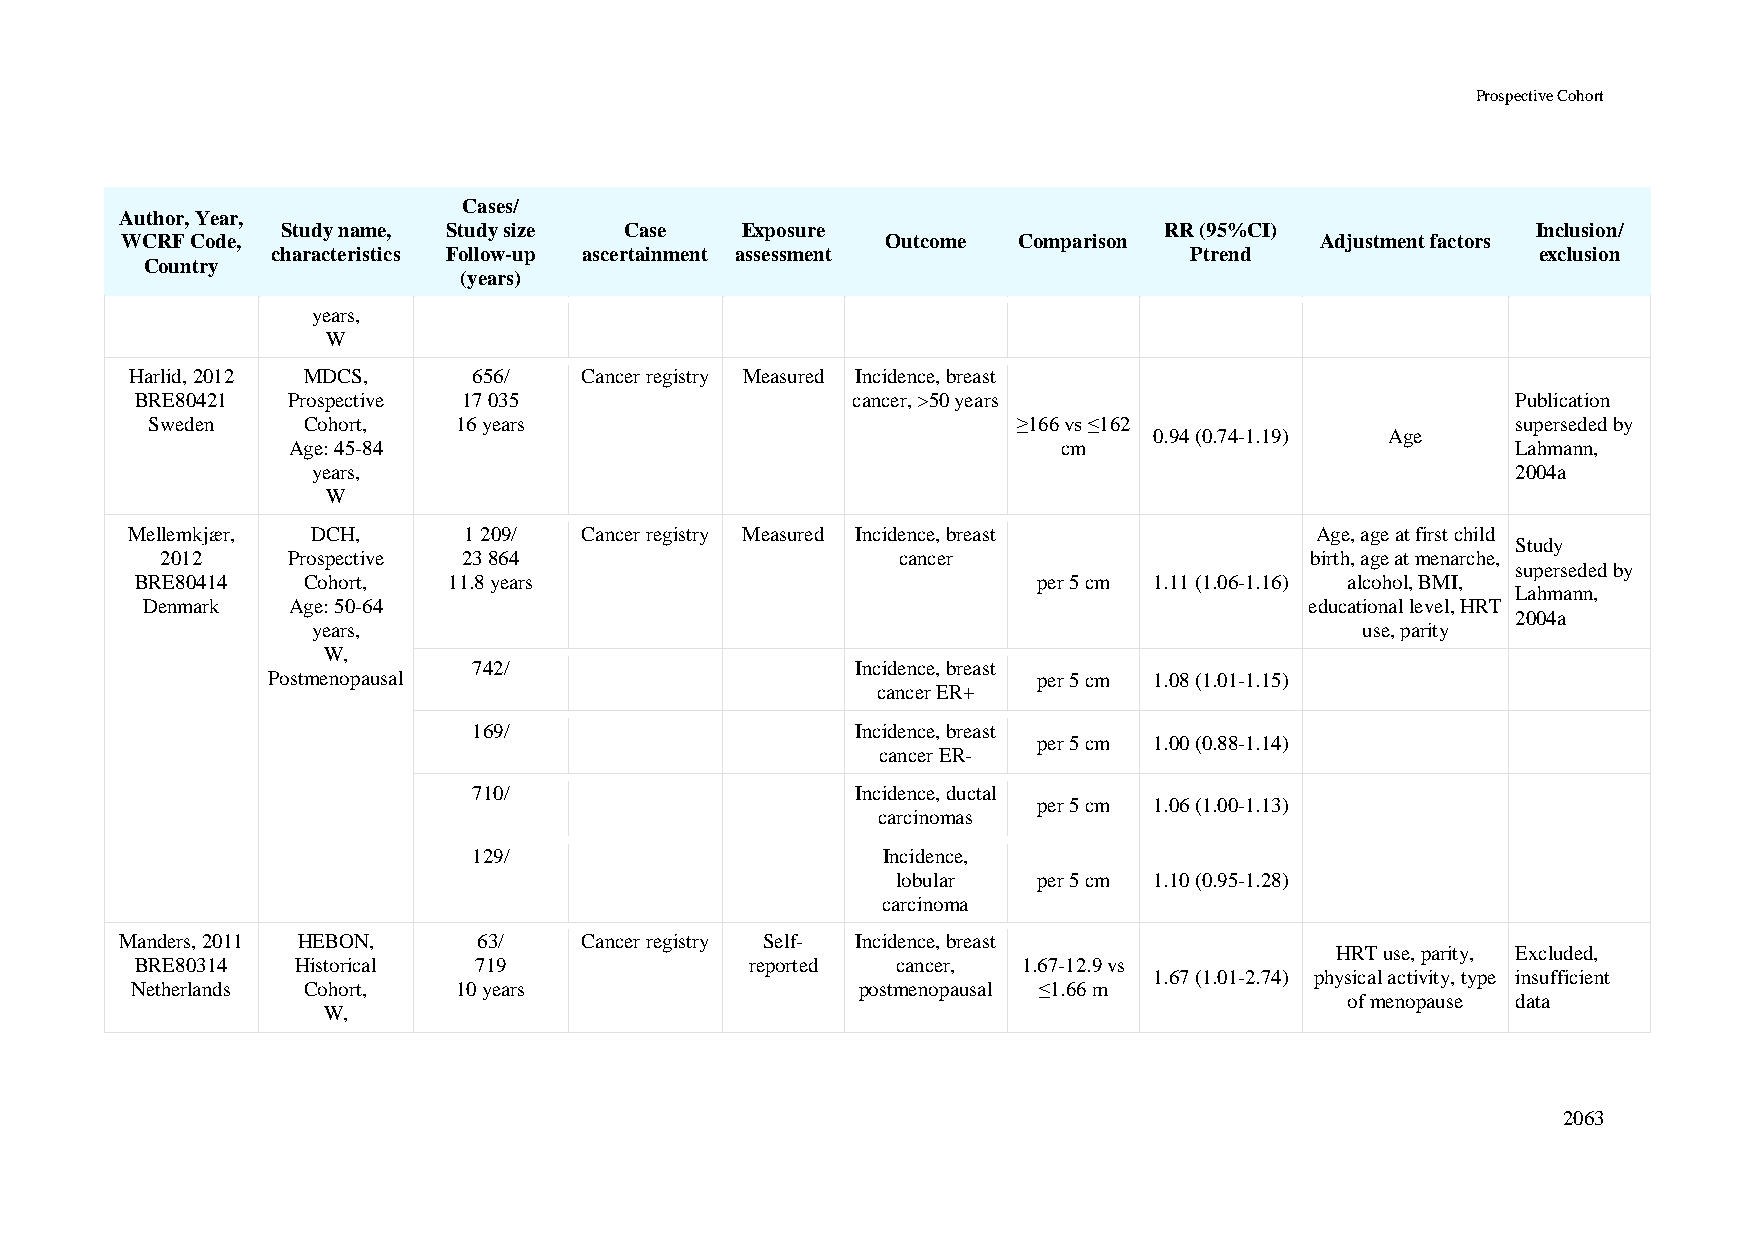
Prospective Cohort
 Cases/
 Author, Year,
 Study name, Study size Case   Exposure                    RR (95%CI)               Inclusion/
 WCRF Code,                                         Outcome Comparison          Adjustment factors
 characteristics Follow-up ascertainment assessment           Ptrend                 exclusion
 Country
 (years)
 years,
 W
 Harlid, 2012 MDCS,    656/   Cancer registry Measured Incidence, breast
 BRE80421  Prospective 17 035                   cancer, >50 years                           Publication
 Sweden    Cohort,   16 years                             ≥166 vs ≤162                     superseded by
 0.94 (0.74-1.19) Age
 Age: 45-84                                         cm                            Lahmann,
 years,                                                                         2004a
 W
 Mellemkjær,  DCH,      1 209/ Cancer registry Measured Incidence, breast       Age, age at first child
 Study
 2012    Prospective 23 864                      cancer                      birth, age at menarche,
 superseded by
 BRE80414   Cohort,   11.8 years                             per 5 cm 1.11 (1.06-1.16) alcohol, BMI,
 Lahmann,
 Denmark   Age: 50-64                                                          educational level, HRT
 2004a
 years,                                                               use, parity
 W,
 742/                      Incidence, breast
 Postmenopausal                                     per 5 cm 1.08 (1.01-1.15)
 cancer ER+
 169/                      Incidence, breast
 per 5 cm 1.00 (0.88-1.14)
 cancer ER-
 710/                      Incidence, ductal
 per 5 cm 1.06 (1.00-1.13)
 carcinomas
 129/                       Incidence,
 lobular   per 5 cm 1.10 (0.95-1.28)
 carcinoma
 Manders, 2011 HEBON,    63/   Cancer registry Self- Incidence, breast
 HRT use, parity, Excluded,
 BRE80314   Historical 719                reported cancer,  1.67-12.9 vs
 1.67 (1.01-2.74) physical activity, type insufficient
 Netherlands Cohort,  10 years                   postmenopausal ≤1.66 m
 of menopause data
 W,
 2063